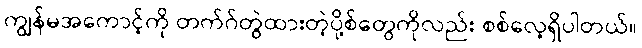
ကျွန်မအကောင့်ကို တက်ဂ်တွဲထားတဲ့ပို့စ်တွေကိုလည်း စစ်လေ့ရှိပါတယ်။